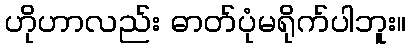
ဟိုဟာလည်း ဓာတ်ပုံမရိုက်ပါဘူး။